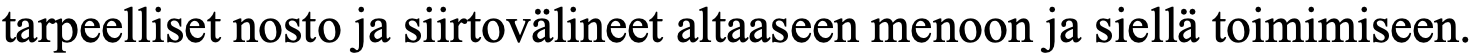
tarpeelliset nosto ja siirtovälineet altaaseen menoon ja siellä toimimiseen.